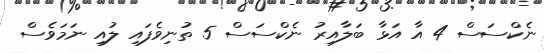
ނެކްސަސް 4 އާ އަޅާ ބަލާއިރު ނެކްސަސް 5 ތުނިވެފައި ލުއި ނަމަވެސް